system: You are a helpful assistant.
user:
Analyze the provided spectrum to determine if it is a **"Cataclysmic Variables (CV)"**.

- **Key Indicators for CV (Check for either state):**
    - **State 1: Quiescent / Low-State (Emission-Dominated)**
        - **(Primary):** Strong and *very broad* Hydrogen Balmer emission lines (e.g., $H\alpha$ at 6563 Å, $H\beta$ at 4861 Å). The 'broadness' (high velocity dispersion, often FWHM > 1000 km/s) is the key diagnostic, indicating a high-velocity accretion disk.
        - **(Secondary):** Broad neutral Helium (He I) emission lines (e.g., 5876 Å, 6678 Å).
        - **(Key Confirmation):** Presence of high-excitation *ionized* Helium (He II) emission at 4686 Å. This is a strong indicator of accretion onto a white dwarf.
        - **(Line Profile):** Emission lines may exhibit a 'double-peaked' profile, which is a classic signature of a rotating accretion disk viewed at high inclination.

    - **State 2: Outburst / High-State (Absorption-Dominated)**
        - **(Primary):** Spectrum is dominated by a bright, blue continuum (looks like a hot star).
        - **(Secondary):** The emission lines from State 1 are weak, absent, or 'filled in', and are replaced by broad, shallow *absorption* lines (primarily Balmer and He I).
        - **(Morphology):** The overall spectrum mimics a hot B/A-type star. The crucial difference is that the absorption lines are significantly broader, shallower, and more 'washed-out' (or 'smeared') than the sharp lines of a normal stellar photosphere, due to high rotational speeds and pressure broadening in the disk.

Think first, call **spectral_visualization_tool** if needed to examine features in detail, then provide your final answer. Your response must adhere to the following strict rules:
1.  **Overall Structure:** Your response must follow the format `<think>...</think> <tool_call>...</tool_call> (if a tool is used) <answer>...</answer>`.
2.  **Tool Usage Constraint:** You may only make **one** tool call per turn.
3.  **Final Answer Format:** In the `<answer>` tag, your conclusion must be inside a `\boxed{}` command (e.g., `\boxed{YES}`), followed by your justification.

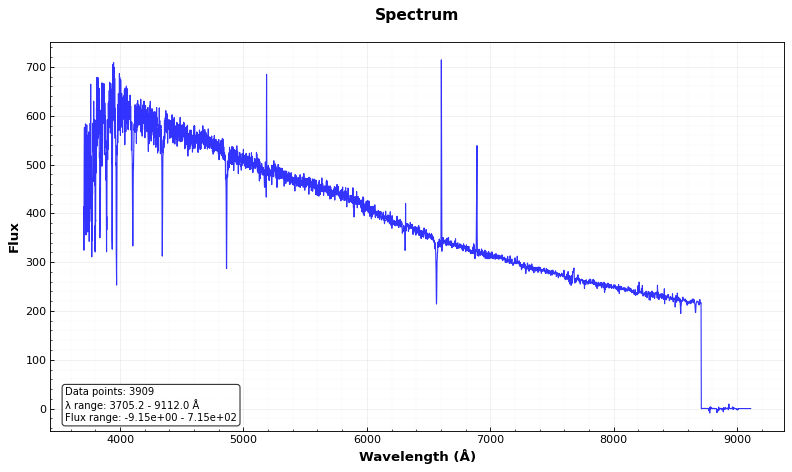
Answer: NO